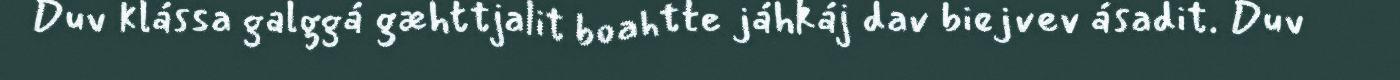
Duv klássa galggá gæhttjalit boahtte jáhkáj dav biejvev ásadit. Duv